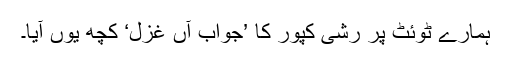
ہمارے ٹوئٹ پر رشی کپور کا ’جواب ِآں غزل‘ کچھ یوں آیا۔